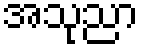
အသုညာ